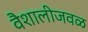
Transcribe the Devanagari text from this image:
वैशालीजवळ